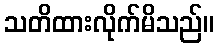
သတိထားလိုက်မိသည်။